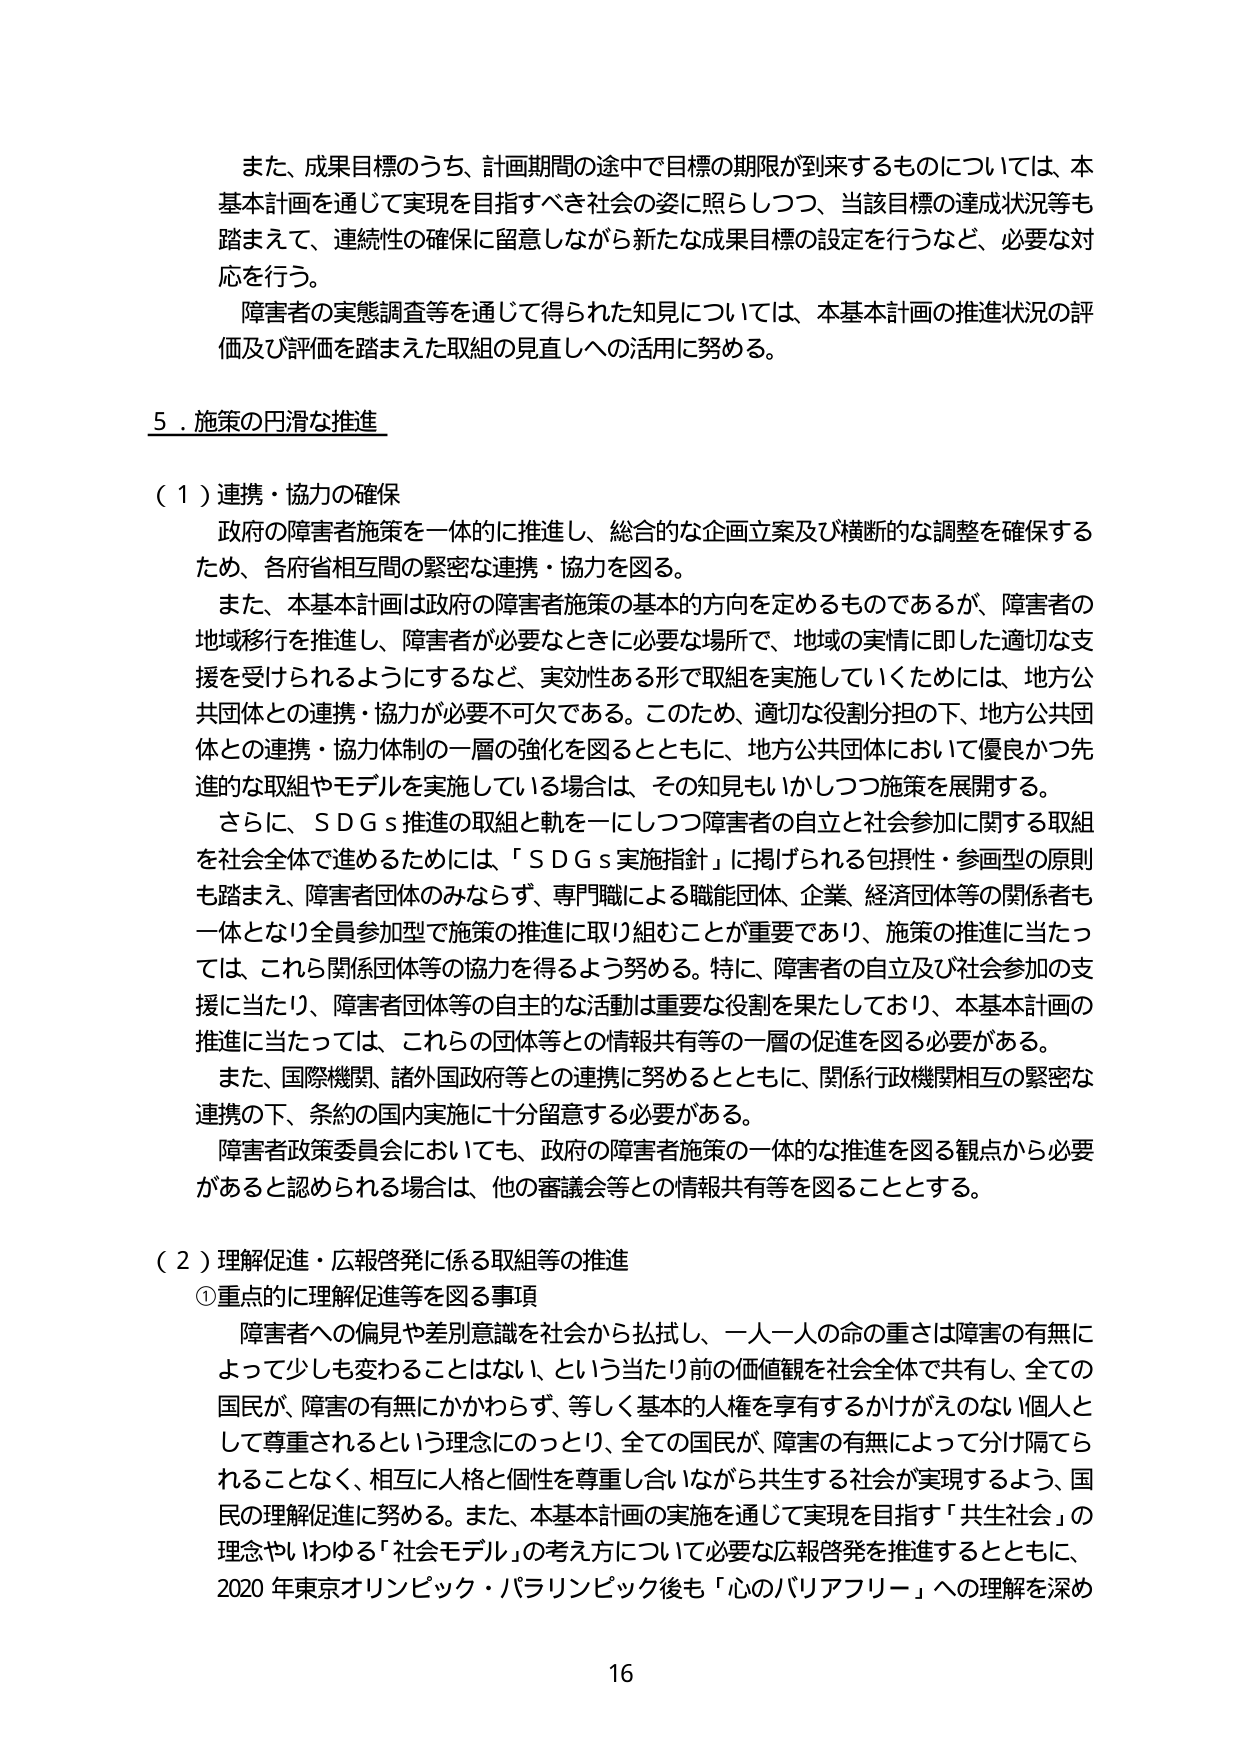
また、成果目標のうち、計画期間の途中で目標の期限が到来するものについては、本基本計画を通じて実現を目指すべき社会の姿に照らしつつ、当該目標の達成状況等も踏まえて、連続性の確保に留意しながら新たな成果目標の設定を行うなど、必要な対応を行う。

障害者の実態調査等を通じて得られた知見については、本基本計画の推進状況の評価及び評価を踏まえた取組の見直しへの活用に努める。

５．施策の円滑な推進

（１）連携・協力の確保

政府の障害者施策を一体的に推進し、総合的な企画立案及び横断的な調整を確保するため、各府省相互間の緊密な連携・協力を図る。

また、本基本計画は政府の障害者施策の基本的方向を定めるものであるが、障害者の地域移行を推進し、障害者が必要なときに必要な場所で、地域の実情に即した適切な支援を受けられるようにするなど、実効性ある形で取組を実施していくためには、地方公共団体との連携・協力が必要不可欠である。このため、適切な役割分担の下、地方公共団体との連携・協力体制の一層の強化を図るとともに、地方公共団体において優良かつ先進的な取組やモデルを実施している場合は、その知見もいかしつつ施策を展開する。

さらに、ＳＤＧｓ推進の取組と軌を一にしつつ障害者の自立と社会参加に関する取組を社会全体で進めるためには、「ＳＤＧｓ実施指針」に掲げられる包摂性・参画型の原則も踏まえ、障害者団体のみならず、専門職による職能団体、企業、経済団体等の関係者も一体となり全員参加型で施策の推進に取り組むことが重要であり、施策の推進に当たっては、これら関係団体等の協力を得るよう努める。特に、障害者の自立及び社会参加の支援に当たり、障害者団体等の自主的な活動は重要な役割を果たしており、本基本計画の推進に当たっては、これらの団体等との情報共有等の一層の促進を図る必要がある。

また、国際機関、諸外国政府等との連携に努めるとともに、関係行政機関相互の緊密な連携の下、条約の国内実施に十分留意する必要がある。

障害者政策委員会においても、政府の障害者施策の一体的な推進を図る観点から必要があると認められる場合は、他の審議会等との情報共有等を図ることとする。

（２）理解促進・広報啓発に係る取組等の推進

①重点的に理解促進等を図る事項

障害者への偏見や差別意識を社会から払拭し、一人一人の命の重さは障害の有無によって少しも変わることはない、という当たり前の価値観を社会全体で共有し、全ての国民が、障害の有無にかかわらず、等しく基本的人権を享有するかげがえのない個人として尊重されるという理念にのっとり、全ての国民が、障害の有無によって分け隔てられることなく、相互に人格と個性を尊重し合いながら共生する社会が実現するよう、国民の理解促進に努める。また、本基本計画の実施を通じて実現を目指す「共生社会」の理念やいわゆる「社会モデル」の考え方について必要な広報啓発を推進するとともに、2020年東京オリンピック・パラリンピック後も「心のバリアフリー」への理解を深め

16